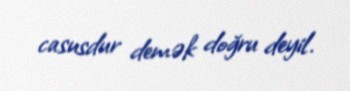
casusdur demək doğru deyil.